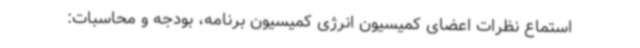
استماع نظرات اعضای کمیسیون انرژی کمیسیون برنامه، بودجه و محاسبات: